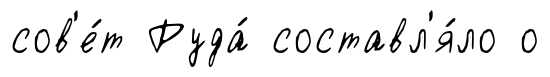
сов'е́т Руда́ составл'я́ло о